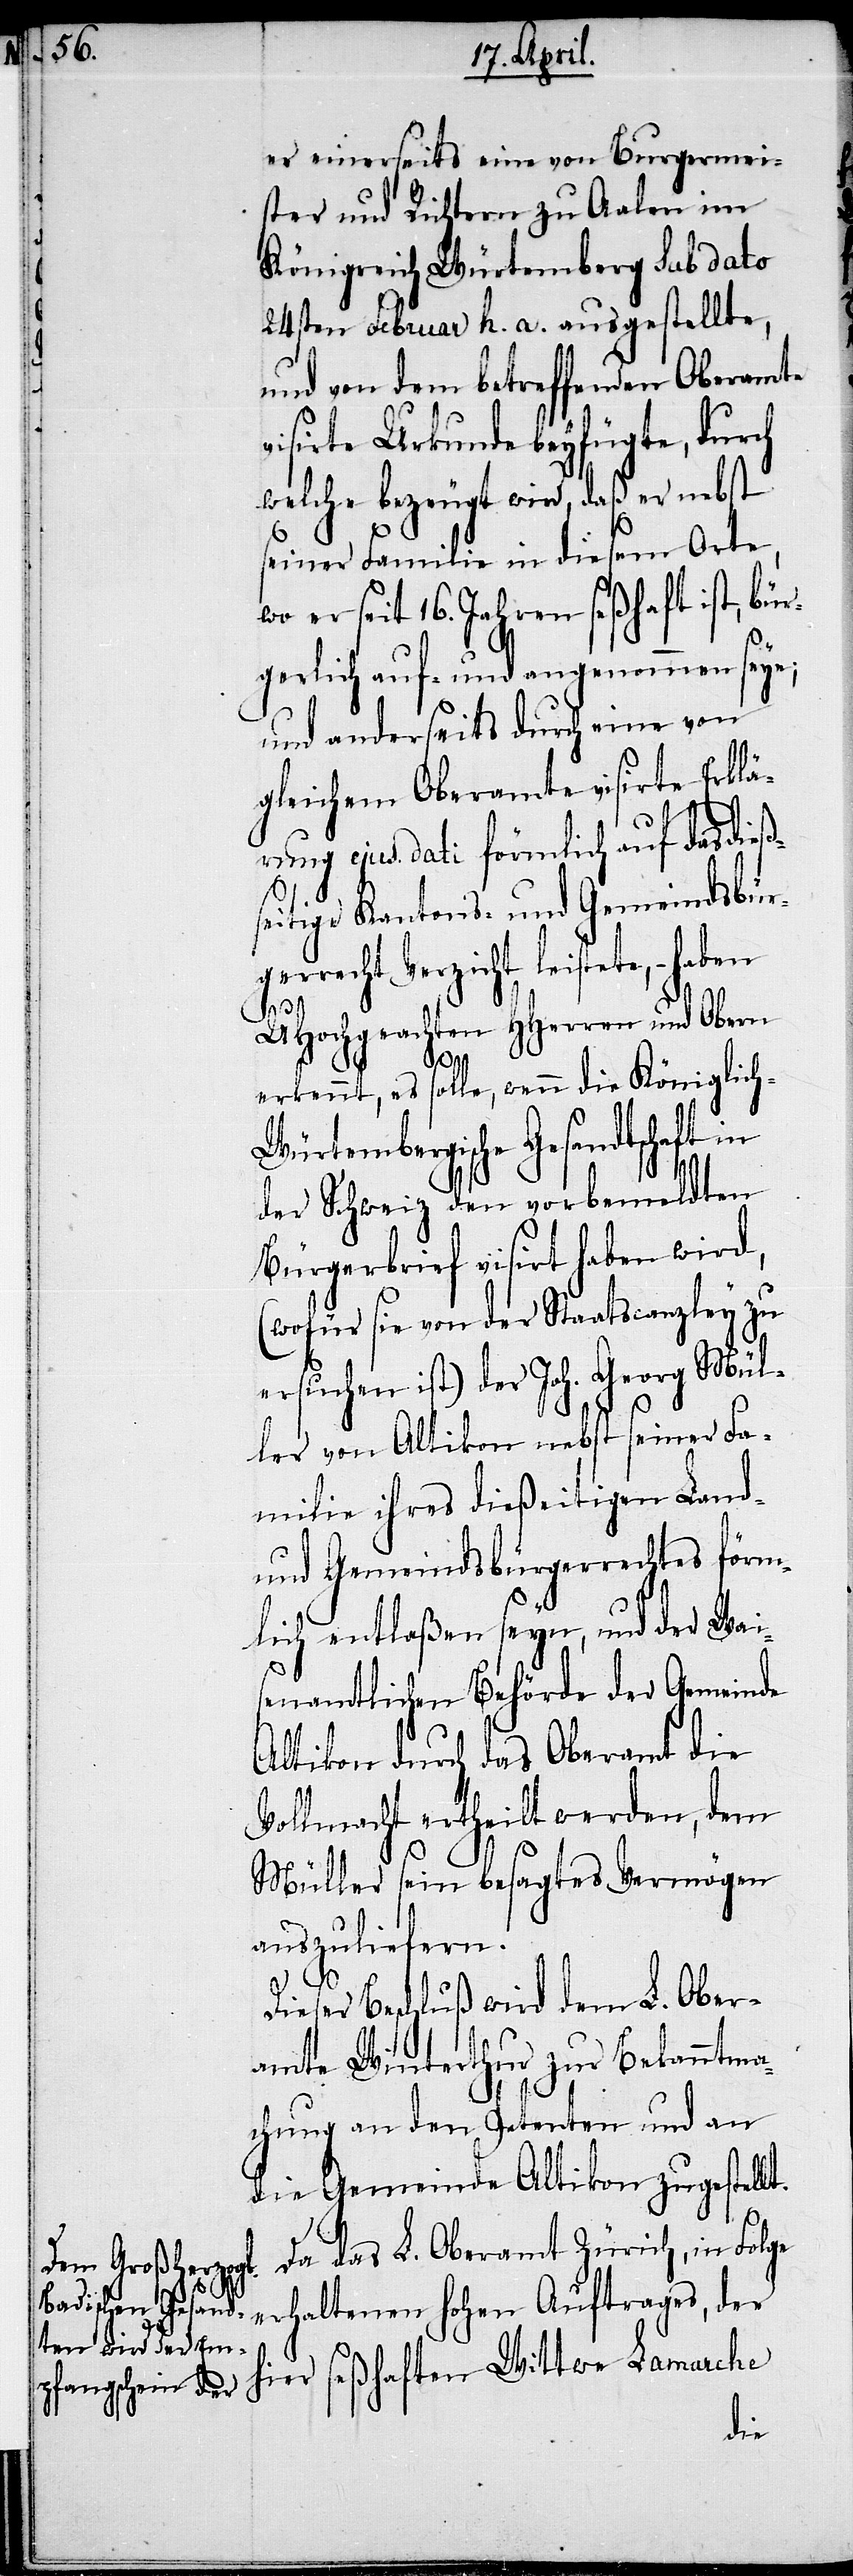
er einerseits eine von Burgermei¬
ster und Richtern zu Aalen im
Königreich Würtemberg sub dato
24sten Februar h. a. ausgestellte,
und von dem betreffenden Oberamte
visirte Urkunde beyfügte, durch
welche bezeugt wird, daß er nebst
seiner Familie in diesem Orte,
wo er seit 16. Jahren seßhaft ist, bür¬
gerlich auf- und angenommen seye;
gleichem Oberamte visirte Erklä¬
rung ejus dati förmlich auf das dießs¬
eitige Kantons- und Gemeindsbür¬
gerrecht Verzicht leistete,
UHochgeachten HHerren und Obern
erkennt, es solle, wenn die Königlich-W¬
ürtembergische Gesandtschaft in
der Schweiz den vorbemeldten
Bürgerbrief visirt haben wird,
(wofür sie von der Staatscanzley zu
ersuchen ist) der Joh. Georg Mül¬
ler von Altikon nebst seiner Fa¬
milie ihres dießeitigen Land-
und Gemeindsbürgerrechtes förm¬
lich entlaßen seyn, und der Wai¬
senamtlichen Behörde der Gemeinde
Altikon durch das Oberamt die
Vollmacht ertheilt werden, dem
Müller sein besagtes Vermögen
auszuliefern.
Dieser Beschluß wird dem L. Ober¬
amte Winterthur zur Bekanntma¬
chung an den Petenten und an
die Gemeinde Altikon zugestellt.
Da das L. Oberamt Zürich, in Folge
erhaltenen hohen Auftrages, der
hier seßhaften Wittwe Lamarche